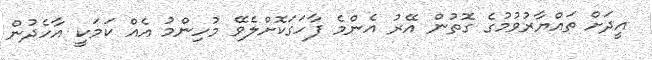
އީދަށް ތައްޔާރުވުމުގެ ގޮތުން އޭރު އެންމެ ފާހަގަކޮށްލެވޭ މުހިންމު އެއް ކަމަކީ އާހެދުން